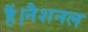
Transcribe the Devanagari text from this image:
हैं।नैशनल